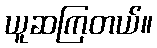
ယူဆကြတယ်။